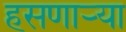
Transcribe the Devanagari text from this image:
हसणाऱ्या